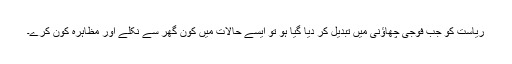
ریاست کو جب فوجی چھاؤنی میں تبدیل کر دیا گیا ہو تو ایسے حالات میں کون گھر سے نکلے اور مظاہرہ کون کرے۔